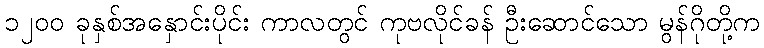
၁၂၀၀ ခုနှစ်အနှောင်းပိုင်း ကာလတွင် ကုဗလိုင်ခန် ဦးဆောင်သော မွန်ဂိုတို့က